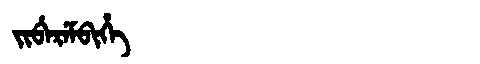
Manchu: ᠵᡳᠪᡝᡵᡝᠮᠪᡳᡥᡝ
Romanization: JIBEREMBIHE